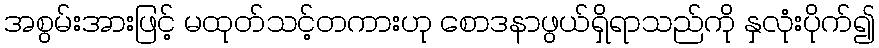
အစွမ်းအားဖြင့် မထုတ်သင့်တကားဟု စောဒနာဖွယ်ရှိရာသည်ကို နှလုံးပိုက်၍